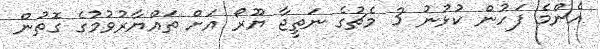
އެންމެ ފަހުން ކުޅުނު 3 މެޗުގެ ނަތީޖާ ޔޫރޯ އަށް ތައްޔާރުވުމުގެ ގޮތުން